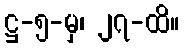
ဋ္ဌ-၅-မှ၊ ၂၇-ထိ။